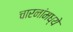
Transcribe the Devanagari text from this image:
चारनांमध्ये